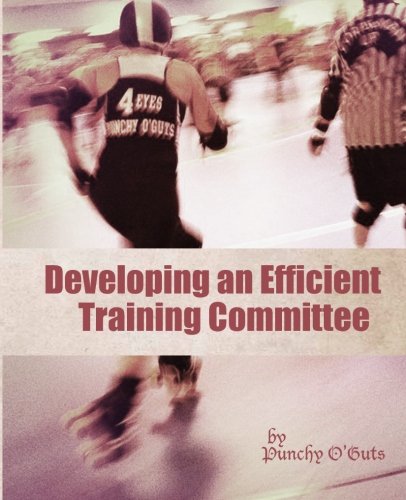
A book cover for Developing an Efficient Training Committee; Punchy O'Guts; Sports & Outdoors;